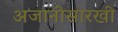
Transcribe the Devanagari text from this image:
अजानीसारखी